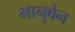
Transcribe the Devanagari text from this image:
भानुबेन